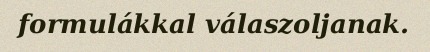
formulákkal válaszoljanak.